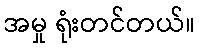
အမှု ရုံးတင်တယ်။